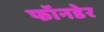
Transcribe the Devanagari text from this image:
फॉनडेर